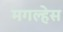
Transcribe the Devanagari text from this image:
मगल्हेस